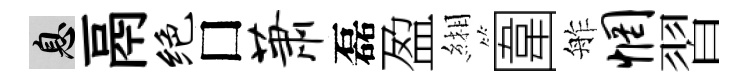
息鬲绝□萧磊盈緗圍舴惘習